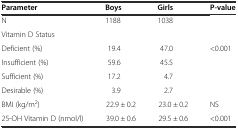
| Parameter | Boys | Girls | P-value |
 | --- | --- | --- | --- |
 | N | 1188 | 1038 |  |
 | Vitamin D Status |  |  |  |
 | Deficient (%) | 19.4 | 47.0 | <ROWSPAN=4> <0.001 |
 | Insufficient (%) | 59.6 | 45.5 |
 | Sufficient (%) | 17.2 | 4.7 |
 | Desirable (%) | 3.9 | 2.7 |
 | BMI (kg/m2) | 22.9 ± 0.2 | 23.0 ± 0.2 | NS |
 | 25-OH Vitamin D (nmol/l) | 39.0 ± 0.6 | 29.5 ± 0.6 | <0.001 |